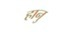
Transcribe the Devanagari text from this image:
हानु